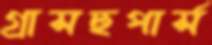
গ্রাসহুপার্স